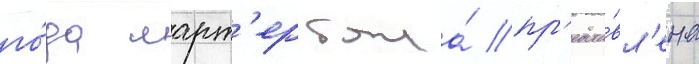
го́да ларт'ер была́ пр'едста́вл'ена